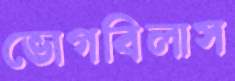
ভোগবিলাস